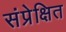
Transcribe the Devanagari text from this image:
संप्रेक्षित